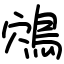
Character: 鴪